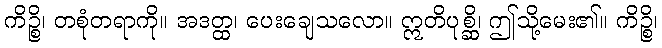
ကိဉ္စိ၊ တစုံတရာကို။ အဒတ္ထ၊ ပေးချေသလော။ ဣတိပုစ္ဆိ၊ ဤသို့မေး၏။ ကိဉ္စိ၊